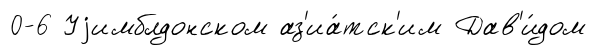
0-6 Уjимблдонском аз'иа́тск'им Дав'и́дом